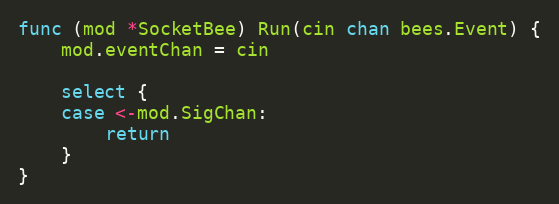
Language: Go
func (mod *SocketBee) Run(cin chan bees.Event) {
	mod.eventChan = cin

	select {
	case <-mod.SigChan:
		return
	}
}